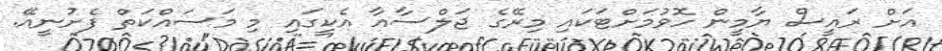
އަށް ރައީސް ޔާމީން ހޮވުމަށްޓަކައި މިރޭގެ ޖަލްސާއާ އެކީގައި މި މަސައްކަތް ފެށުނީއޭ.